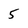
Character: 5